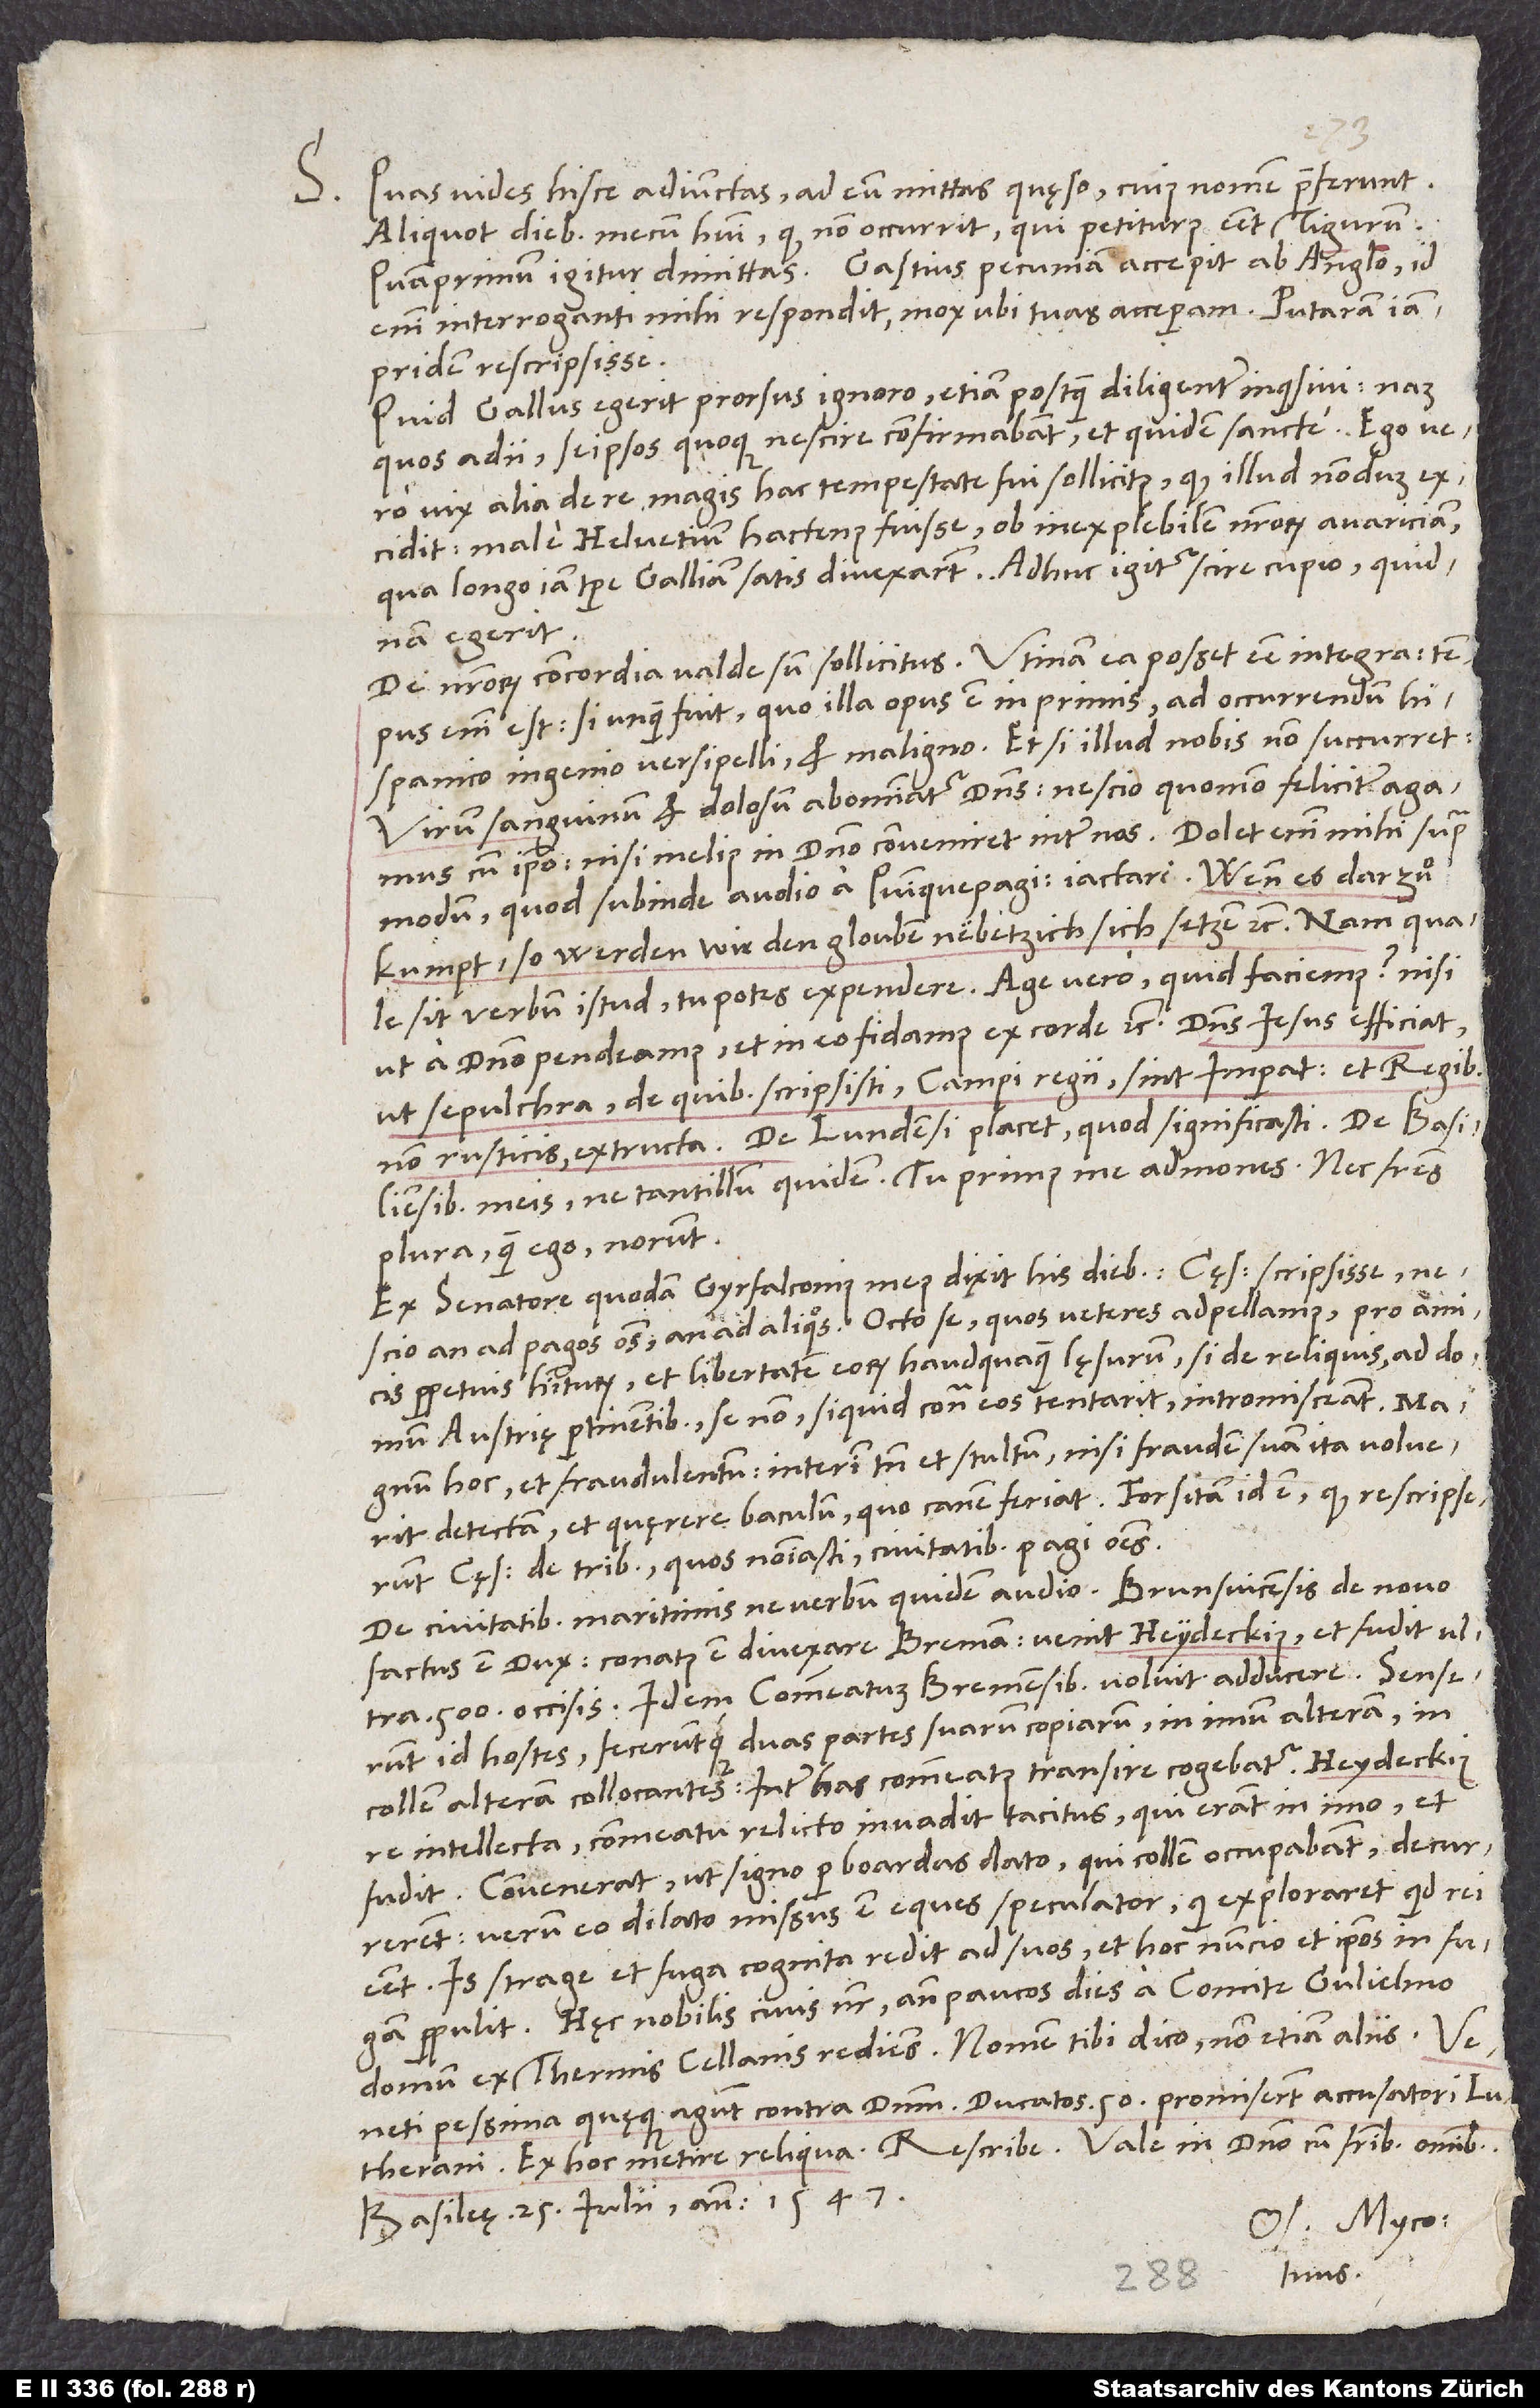
praeferunt.
S. Quas vides hisce adiunctas, ad eum mittas, quęso, cuius nomen
Aliquot diebus mecum habui, quod non occurrit, qui petiturus esset Tigurum.
Quamprimum igitur dimittas. Gastius pecuniam accepit ab Anglo; id
enim interroganti mihi respondit mox, ubi tuas acceperam. Putaram iam
pridem rescripsisse.
Quid Gallus egerit, prorsus ignoro, etiam postquam diligenter inquisivi. Nam
quos adii, se ipsos quoque nescire confirmabant, et quidem sancte. Ego vero
vix alia de re magis hac tempestate fui sollicitus, quod illud nondum
excidit: male Helvetium hactenus fuisse ob inexplebilem nostrorum avariciam,
qua longo iam tempore Galliam satis divexarunt. Adhuc igitur scire cupio, quidnam
egerit.
De nostrorum concordia valde sum sollicitus. Utinam ea posset esse integra! Tempus
enim est, si unquam fuit, quo illa opus est inprimis ad occurrendum
Hispanico ingenio versipelli et maligno. Et si illud nobis non succurret:
„Virum sanguinum et dolosum abominatur dominus“, nescio, quomodo feliciter agamus
cum ipso, nisi melius in domino conveniret inter nos. Dolet enim mihi supra
modum, quod subinde audio a Quinque Pagicis iactari: „Wenn es darzuͦ
kumpt, so werden wir den glouben nebetzich setzen“, etc. Nam quale
sit verbum istud, tu potes expendere! Age vero, quid faciemus, nisi
ut sepulchra, de quibus scripsisti, Campi Regii sint imperatoribus et regibus,
Basiliensibus meis ne tantillum quidem! Tu primus me admones, nec fratres
plura quam ego norunt.
Ex senatore quodam Gyrfalconius meus dixit his diebus cęsarem scripsisse,
nescio an ad Pagos omnes an ad aliquos. Octo se, quos Veteres adpellamus, pro amicis
perpetuis habiturum et libertatem eorum haudquaquam lęsurum, si de reliquis, ad domum
Austrię pertinentibus, se non, si quid contra eos tentarit, intromisceant. Magnum
hoc, et fraudulentum, interim tamen et stultum, nisi fraudem suam ita voluerit
detectam et quęrere baculum, quo canem feriat. Forsitan id est, quod rescripserunt
cęsari de tribus, quas nominasti, civitatibus Pagi omnes.
De civitatibus maritimis ne verbum quidem audio. Brunsvicensis de novo
factus est dux. Conatus est divexare Bremam. Venit Heideckius et fudit ultra
500 occisis. Idem commeatum Bremensibus voluit adduccere. Senserunt
id hostes feceruntque duas partes suarum copiarum, in imum alteram, in
collem alteram collocantes. Inter has commeatus transire cogebatur. Heydeckius
intellecta commeatu relicto invadit tacitus, qui erant in imo, et
fudit. Convenerat, ut signo per boardas dato, qui collem occupabant, decurrerent.
Verum eo dilato missus est eques speculator, qui exploraret, quid rei
esset. Is strage et fuga cognita redit ad suos et hoc nuncio ipsos in fugam
propulit. Hęc nobilis civis noster ante paucos dies a comite Gulielmo
domum ex Thermis Cellanis rediens. Nomen tibi dico, non etiam aliis.
Veneti pessima quęque agunt contra dominum: Ducatos 50 promiserunt accusatori Lutherani.
Basileę, 25. iulii anno 1547.
Os. Myco.